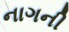
નાગની